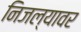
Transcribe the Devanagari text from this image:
निजल्यावर